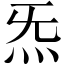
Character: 炁